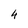
Character: 4